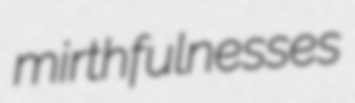
mirthfulnesses